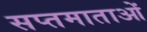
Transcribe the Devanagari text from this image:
सप्तमाताओं